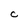
Character: C